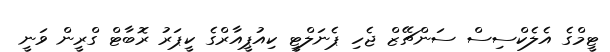
ޓީމްގެ އެލެކްސިސް ސަންޗޭޒް ޖެހި ޕެނަލްޓީ ކިއުޕީއާރްގެ ކީޕަރު ރޮބާޓް ގްރީން ވަނީ